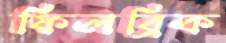
ফিলব্রিক